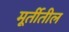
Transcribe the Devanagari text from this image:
मूर्तीतील